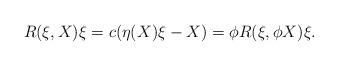
LaTeX: \begin{align*}R(\xi ,X)\xi =c(\eta (X)\xi -X)=\phi R(\xi ,\phi X)\xi . \end{align*}